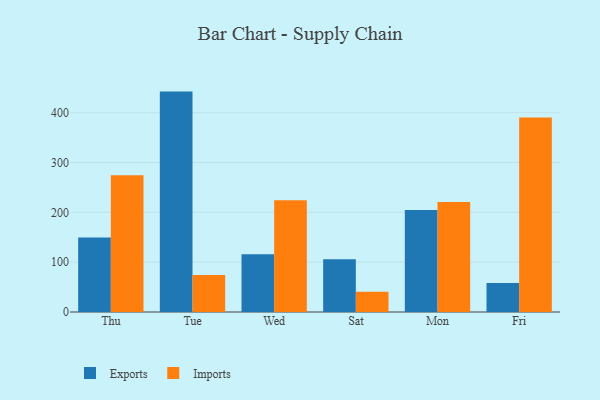
{"axis": {"x": "Day", "y": "Market Share (%)"}, "legend": ["Exports", "Imports"], "data": [{"x": "Thu", "y": 149.7, "type": "Exports"}, {"x": "Thu", "y": 274.4, "type": "Imports"}, {"x": "Tue", "y": 442.4, "type": "Exports"}, {"x": "Tue", "y": 74.3, "type": "Imports"}, {"x": "Wed", "y": 116.0, "type": "Exports"}, {"x": "Wed", "y": 224.3, "type": "Imports"}, {"x": "Sat", "y": 106.1, "type": "Exports"}, {"x": "Sat", "y": 40.8, "type": "Imports"}, {"x": "Mon", "y": 204.7, "type": "Exports"}, {"x": "Mon", "y": 220.9, "type": "Imports"}, {"x": "Fri", "y": 58.0, "type": "Exports"}, {"x": "Fri", "y": 390.2, "type": "Imports"}]}